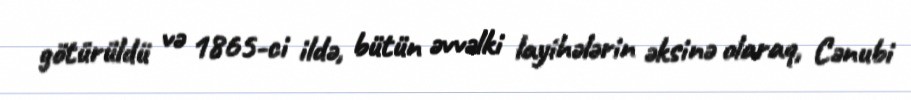
götürüldü və 1865-ci ildə, bütün əvvəlki layihələrin əksinə olaraq, Cənubi